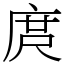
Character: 庹